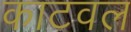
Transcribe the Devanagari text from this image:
काटवल